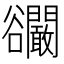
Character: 𧯘